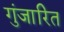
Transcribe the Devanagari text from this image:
गुंजारित